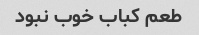
طعم کباب خوب نبود